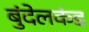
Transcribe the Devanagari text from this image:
बुंदेलकंड